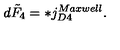
d \tilde { F } _ { 4 } = * j _ { D 4 } ^ { M a x w e l l } .